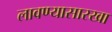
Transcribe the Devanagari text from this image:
लावण्यासारखा